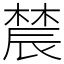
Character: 辳